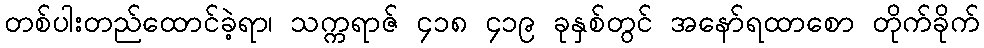
တစ်ပါးတည်ထောင်ခဲ့ရာ၊ သက္ကရာဇ် ၄၁၈ ၄၁၉ ခုနှစ်တွင် အနော်ရထာစော တိုက်ခိုက်